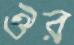
ঔর